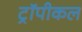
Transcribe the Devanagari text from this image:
ट्रॉपीकल